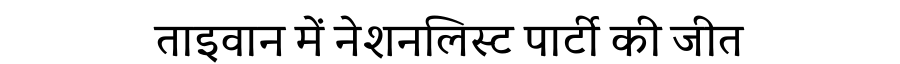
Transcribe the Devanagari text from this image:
ताइवान में नेशनलिस्ट पार्टी की जीत